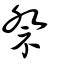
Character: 祭